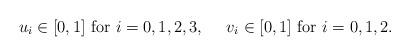
LaTeX: \begin{align*}u_i \in [0,1] \mbox{ for } i=0,1,2,3, \ \ \ \ v_i \in [0,1] \mbox{ for } i=0,1,2.\end{align*}